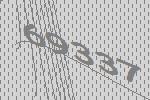
69337